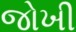
જોખી